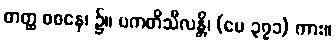
တတ္ထ ဝစနေ၊ ၌။ ပကတိသီလန္တိ၊ (ပေ ၃၇၁) ကား။